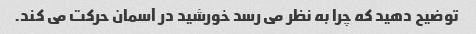
توضیح دهید که چرا به نظر می رسد خورشید در آسمان حرکت می کند.